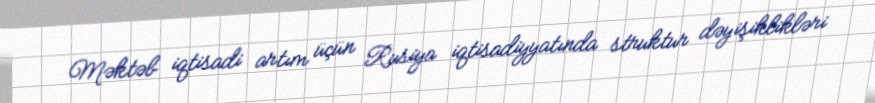
Məktəb iqtisadi artım üçün Rusiya iqtisadiyyatında struktur dəyişiklikləri